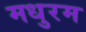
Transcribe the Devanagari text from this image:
मधुरम